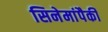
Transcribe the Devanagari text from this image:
सिनेमांपैकी